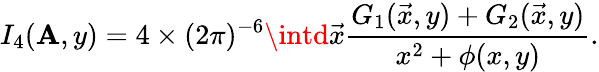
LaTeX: I_{4}(\mathbf{A},y)=4\times{(2\pi)^{-6}}\intd{\vec{{x}}}{\frac{{G_{1}(\vec{{x}},y)+G_{2}(\vec{{x}},y)}}{{x^{2}+\phi(x,y)}}}.